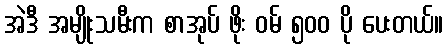
အဲဒီ အမျိုးသမီးက စာအုပ် ဖိုး ဝမ် ၅၀၀ ပို ပေးတယ်။